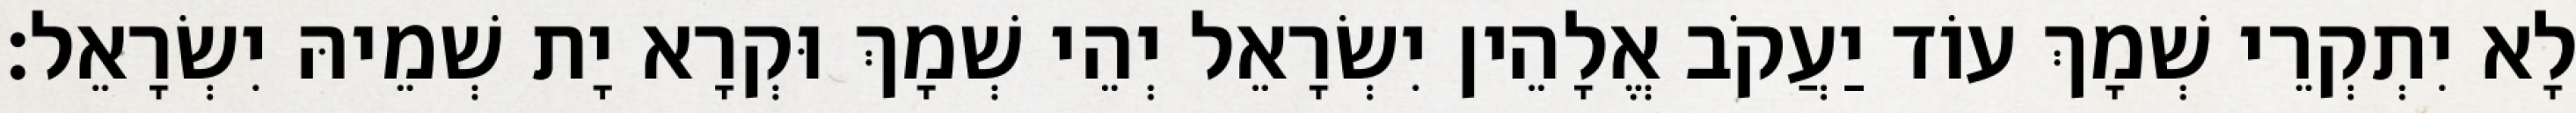
לָא יִתְקְרֵי שְׁמָךְ עוֹד יַעֲקֹב אֱלָהֵין יִשְׂרָאֵל יְהֵי שְׁמָךְ וּקְרָא יָת שְׁמֵיהּ יִשְׂרָאֵל׃